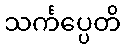
သင်္ကပ္ပေတိ